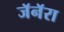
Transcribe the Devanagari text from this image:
जॅनॅरा